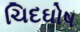
ચિદઘોષ